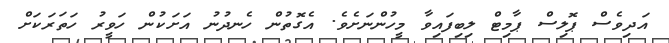
އަދިވެސް ޕޮލިސް ޕާމިޓް ލިބިފައިވާ މީހުންނަށެވެ. އެގޮތުން ހެނދުނު އަށަކުން ހަވީރު ހަތަރަކަށް